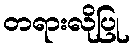
တရားလိုပြု